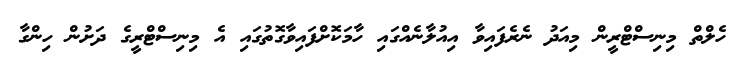
ހެލްތް މިނިސްޓްރީން މިއަދު ނެރެފައިވާ އިއުލާނެއްގައި ހާމަކޮށްފައިވާގޮތުގައި އެ މިނިސްޓްރީގެ ދަށުން ހިންގާ